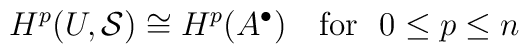
H^{p}(U, {\cal S}) \cong H^{p}(A^{\bullet})~~~\mbox{\rm for~~}0\leq p\leq n